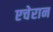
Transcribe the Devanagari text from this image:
एचेरान